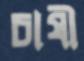
চাষী